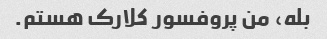
بله، من پروفسور کلارک هستم.